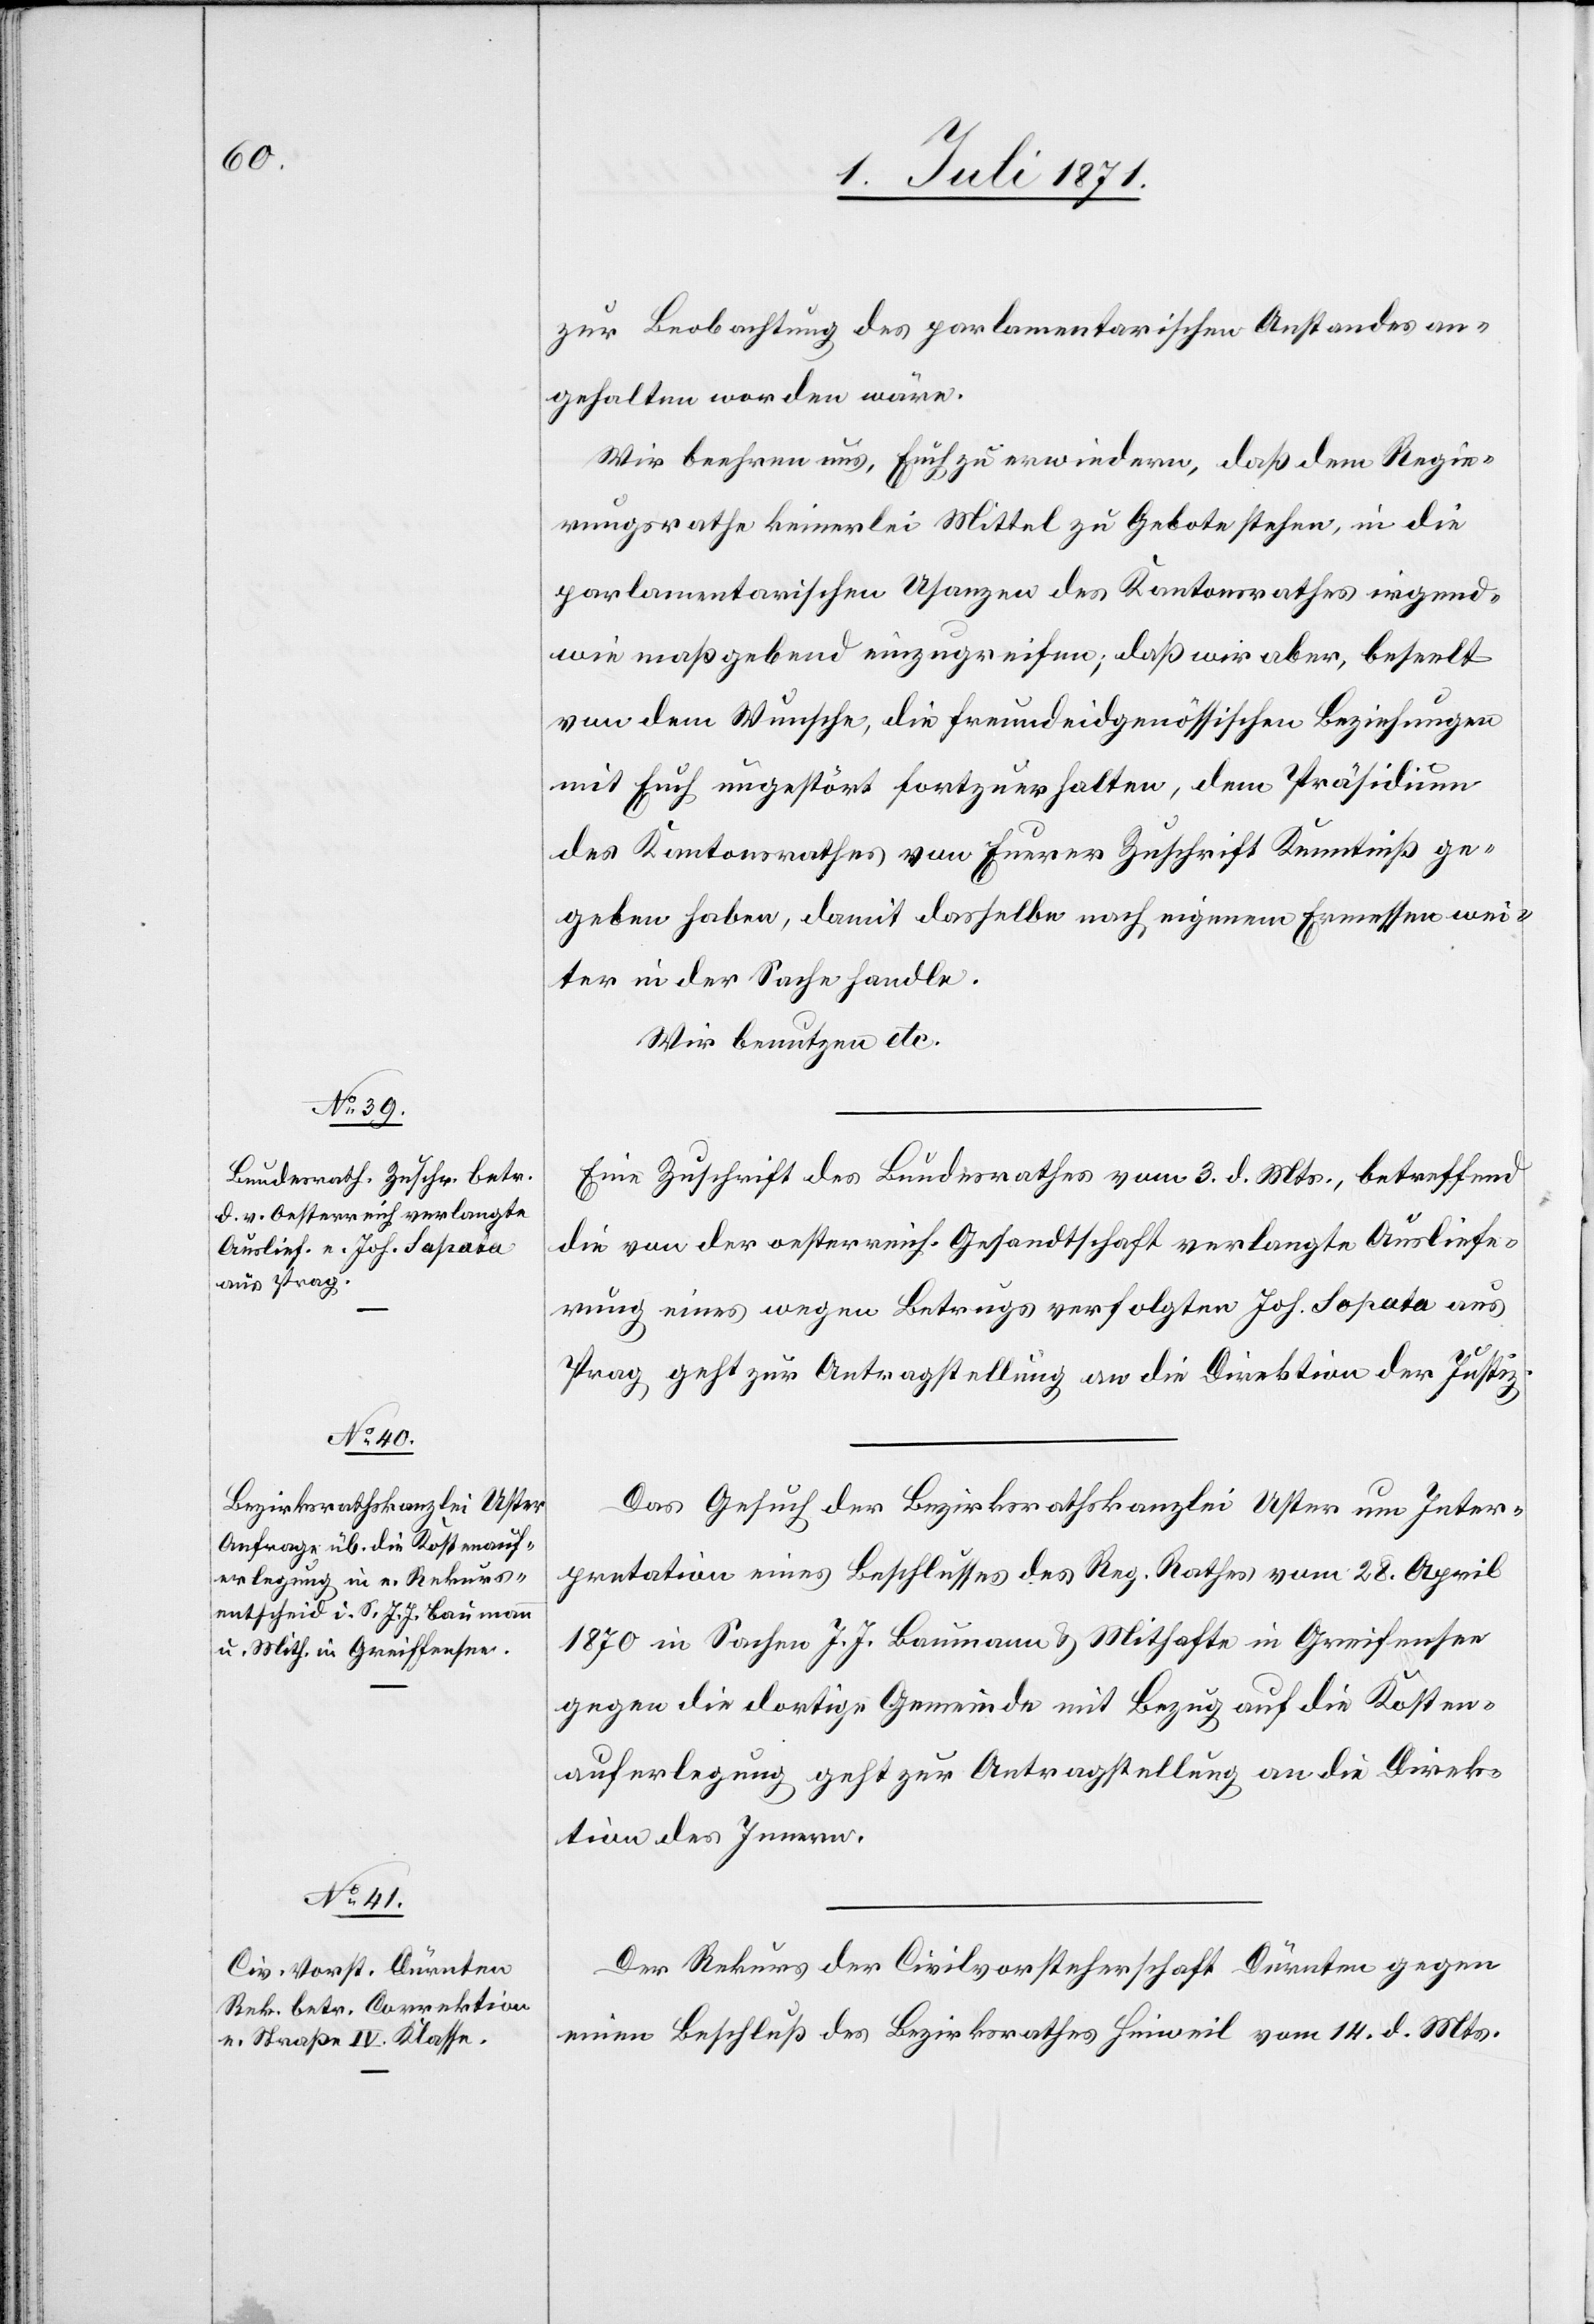
zur Beobachtung des parlamentarischen Anstandes an¬
gehalten worden wäre.
Wir beehren uns, Euch zu erwiedern, daß dem Regie¬
rungsrathe keinerlei Mittel zu Gebote stehen, in die
parlamentarischen Usanzen des Kantonsrathes irgend¬
wie maßgebend einzugreifen; daß wir aber, beseelt
von dem Wunsche, die freundeidgenössischen Beziehungen
mit Euch ungestört fortzuerhalten, dem Präsidium
des Kantonsrathes von Eurer Zuschrift Kenntniß ge¬
geben haben, damit dasselbe nach eigenem Ermessen wei¬
ter in der Sache handle.
Wir benutzen etc.
Eine Zuschrift des Bundesrath vom 3. d. Mts., betreffend
die von der oesterreich. Gesandtschaft verlangte Ausliefe¬
rung eines wegen Betrugs verfolgten Joh. Sopata aus
Prag, geht zur Antragstellung an die Direktion der Justiz.
Das Gesuch der Bezirksrathskanzlei Uster um Inter¬
pretation eines Beschlusses des Reg. Rathes vom 28. April
1870 in Sachen J. J. Baumann u. Mithafte in Greifensee
gegen die dortige Gemeinde mit Bezug auf die Kosten¬
auferlegung geht zur Antragstellung an die Direk¬
tion des Innern.
Der Rekurs der Civilvorsteherschaft Dürnten gegen
einen Beschluß des Bezirksrathes Hinweil vom 14. d. Mts.